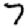
Digit: 7